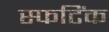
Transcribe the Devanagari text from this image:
स्फटिंक